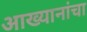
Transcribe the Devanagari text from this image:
आख्यानांचा